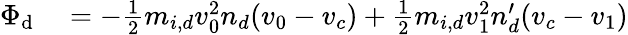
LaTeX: \begin{array}{rl}{\Phi_{\textrm{d}}}&{{}=-\frac{1}{2}m_{i,d}v_{0}^{2}n_{d}(v_{0}-v_{c})+\frac{1}{2}m_{i,d}v_{1}^{2}n_{d}^{\prime}(v_{c}-v_{1})}\end{array}